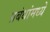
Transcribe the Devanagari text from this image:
प्रबंधांमध्ये